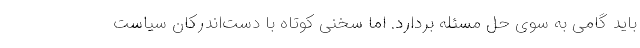
باید گامی به سوی حل مسئله بردارد. اما سخنی کوتاه با دست‌اندرکان سیاست